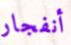
أنفجار